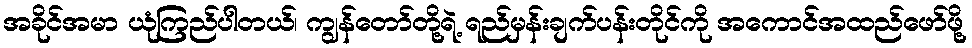
အခိုင်အမာ ယုံကြည်ပါတယ်၊ ကျွန်တော်တို့ရဲ့ ရည်မှန်းချက်ပန်းတိုင်ကို အကောင်အထည်ဖော်ဖို့